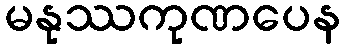
မနုဿကုဏပေန